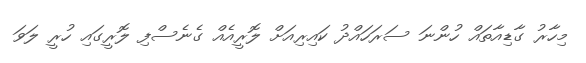
މިހާރު ގާޑިއާތައް ހުންނަ ސަރަހައްދު ކައިރިއަށް ލޮރީއެއް ގެނެސްފި ލޮރީގައި ހުރީ ލަވަ